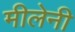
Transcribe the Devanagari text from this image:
मीलेनी